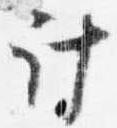
計